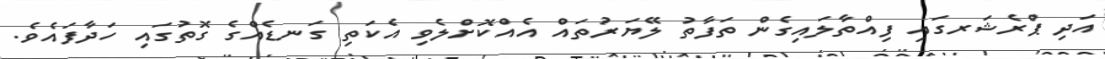
އަދި ޕްރެޝަރގައި ފިއްތާލައިގެން ތަފާތު ލޭޔަރުތައް އެއްކޮށްލެވި އެކަތި ގަނޑެއްގެ ގޮތުގައި ހަދާފައެވެ.